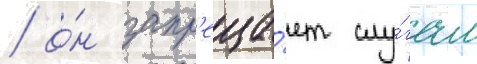
/ о́н запр'еща́ет слу́гам